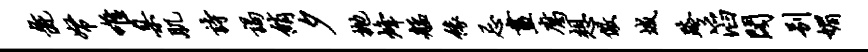
彘帑唯臬肌诗谒绡夕抛烽艋缘忌画腐想儆城跨滔阁别媚